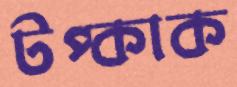
টপ্‌কাক